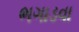
ભગાડવા